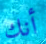
أنك